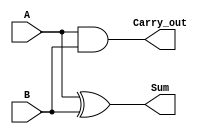
module half_adder (
    input A,
    input B,
    output Sum,
    output Carry_out
);

assign Sum = A ^ B;
assign Carry_out = A & B;

endmodule